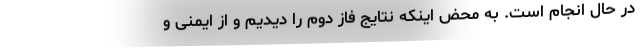
در حال انجام است. به محض اینکه نتایج فاز دوم را دیدیم و از ایمنی و